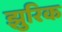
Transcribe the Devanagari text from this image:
झुरिक